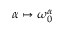
\alpha \mapsto \omega _ { 0 } ^ { \alpha }